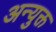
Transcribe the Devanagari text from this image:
अन्युक्त